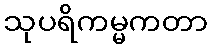
သုပရိကမ္မကတာ